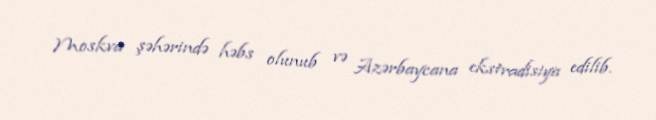
Moskva şəhərində həbs olunub və Azərbaycana ekstradisiya edilib.